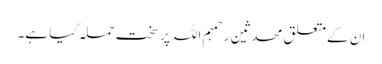
ان کےمتعلق محدثین رحمہم اللہ پر سخت حملہ کیا ہے۔